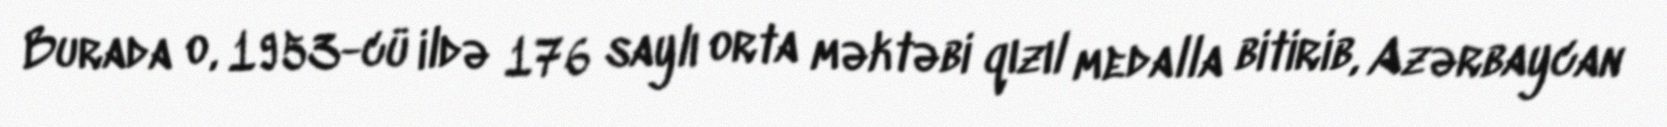
Burada o, 1953-cü ildə 176 saylı orta məktəbi qızıl medalla bitirib, Azərbaycan